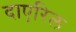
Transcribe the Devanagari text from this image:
दाएरिल